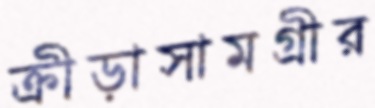
ক্রীড়াসামগ্রীর